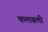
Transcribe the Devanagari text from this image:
कलबली